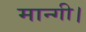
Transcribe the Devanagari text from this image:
मान्गी।